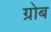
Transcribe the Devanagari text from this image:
ग्रोब